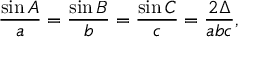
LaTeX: { \frac { \sin A } { a } } = { \frac { \sin B } { b } } = { \frac { \sin C } { c } } = { \frac { 2 \Delta } { a b c } } ,